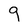
Character: 9